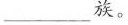
___族。